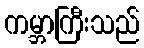
ကမ္ဘာကြီးသည်